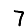
Digit: 7